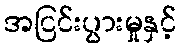
အငြင်းပွားမှုနှင့်